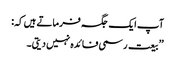
آپ ایک جگہ فرماتے ہیں کہ:
’’بیعت رسمی فائدہ نہیں دیتی۔